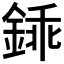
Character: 𨧰